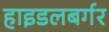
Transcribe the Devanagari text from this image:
हाइडलबर्गर